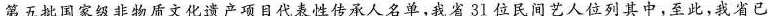
第五批国家级非物质文化遗产项目代表性传承人名单，我省31位民间艺人位列其中，至此，我省已